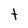
Character: t